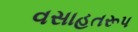
વસાહતરૂપ